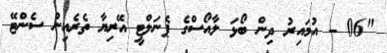
"06 - އުމައިރު ދިން ބޯޅަ ލާއޯސްގެ ޕެނަލްޓީ އޭރިޔާ ތެރެއިން ސެންޓޭ